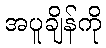
အပူချိန်ကို